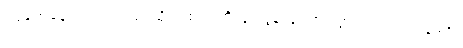
ကြုံတွေ့နေရပါက ရွာပြင်သို့ သစ်ပင်တို့လူးလွန့်လှုပ်ရှားသွားကြသည် ၁၃၉ဦး